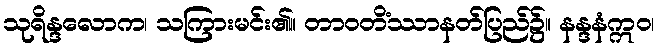
သုရိန္ဒလောက၊ သကြားမင်း၏။ တာဝတိံဿာနတ်ပြည်၌။ နန္ဒနံဣဝ၊